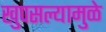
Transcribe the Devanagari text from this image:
खुपसल्यामुळे